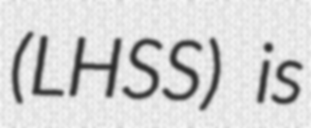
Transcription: (LHSS) is